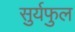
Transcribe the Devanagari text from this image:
सुर्यफुल